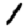
Digit: 1